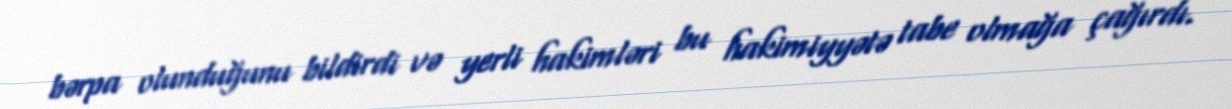
bərpa olunduğunu bildirdi və yerli hakimləri bu hakimiyyətə tabe olmağa çağırdı.